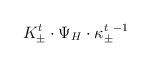
LaTeX: \begin{align*}{ K^t_\pm\cdot \Psi_H\cdot \kappa^{t~-1}_\pm}\end{align*}